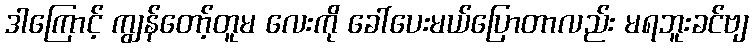
ဒါကြောင့် ကျွန်တော့်တူမ လေးကို ခေါ်ပေးမယ်ပြောတာလည်း မရဘူးခင်ဗျ